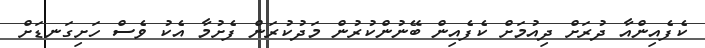
ކެފެއިންއާ ދުރަށް ދިއުމަށް ކެފެއިން ބޭނުންކުރުން މަދުކުރަން ފެށުމާ އެކު ވެސް ހަށިގަނޑަށް